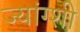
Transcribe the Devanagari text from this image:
ज्यांग्शी